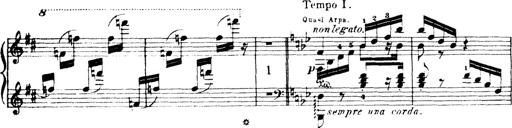
Title: Wagner-Liszt Album
Composer: Franz Liszt